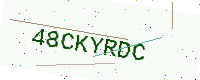
Text: 48CKYRDC